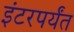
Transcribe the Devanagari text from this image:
इंटरपर्यंत